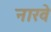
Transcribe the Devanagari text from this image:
नारवे